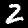
Digit: 2